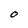
Character: O